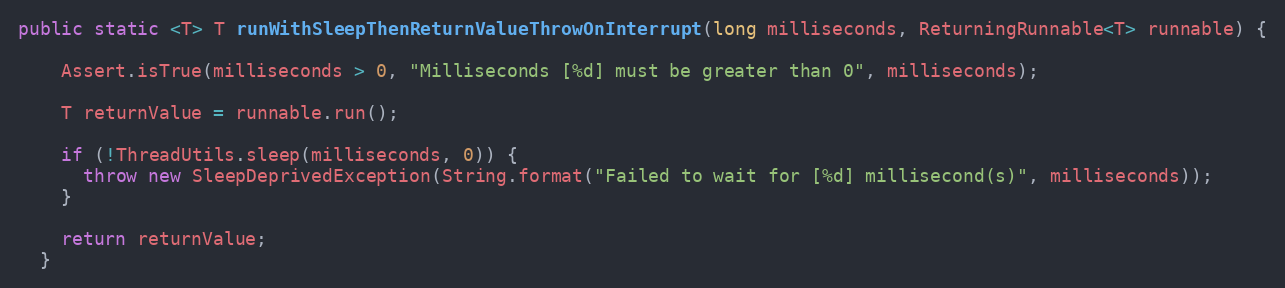
Language: Java
public static <T> T runWithSleepThenReturnValueThrowOnInterrupt(long milliseconds, ReturningRunnable<T> runnable) {

    Assert.isTrue(milliseconds > 0, "Milliseconds [%d] must be greater than 0", milliseconds);

    T returnValue = runnable.run();

    if (!ThreadUtils.sleep(milliseconds, 0)) {
      throw new SleepDeprivedException(String.format("Failed to wait for [%d] millisecond(s)", milliseconds));
    }

    return returnValue;
  }